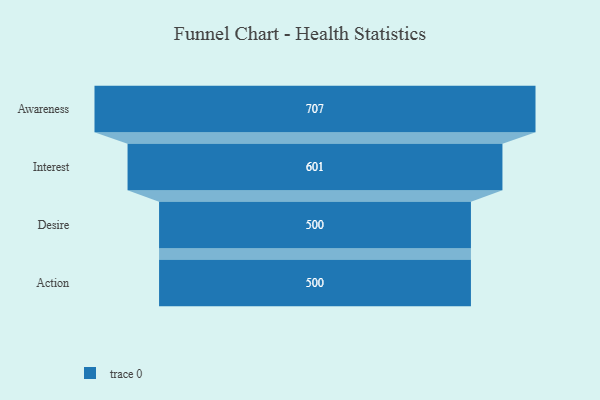
{"axis": {"x": "Stage", "y": "Value"}, "legend": [""], "data": [{"x": "Awareness", "y": 707.0, "type": ""}, {"x": "Interest", "y": 601.0, "type": ""}, {"x": "Desire", "y": 500, "type": ""}, {"x": "Action", "y": 500, "type": ""}]}